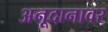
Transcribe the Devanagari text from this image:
अनूदानावर